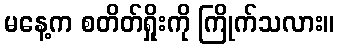
မနေ့က စတိတ်ရှိုးကို ကြိုက်သလား။